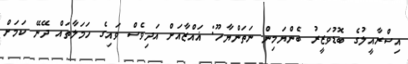
އިސްރާއީލުގެ ބޮޑުވަޒީރު ބެންޔަމިން ނަތަންޔާހޫ: ޣައްޒާއަށް އަދިވެސް ވައިގެ ހަމަލާތައް ދޭނޭ ކަމަށް